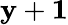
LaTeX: \mathbf{y}+\le1